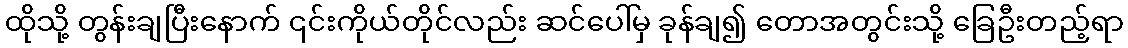
ထိုသို့ တွန်းချပြီးနောက် ၎င်းကိုယ်တိုင်လည်း ဆင်ပေါ်မှ ခုန်ချ၍ တောအတွင်းသို့ ခြေဦးတည့်ရာ